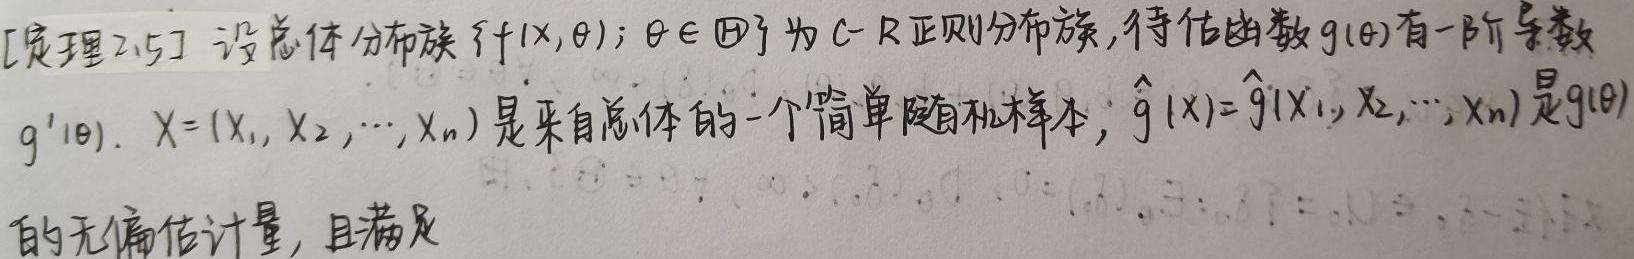
[定理2.5] 设总体分布族$\{f(x,\theta);\theta\in\Theta\}$为C - R正则分布族, 待估函数$g(\theta)$有一阶导数$g'(\theta)$. $X=(X_1,X_2,\cdots,X_n)$是来自总体的一个简单随机样本; $\hat{g}(X)=\hat{g}(X_1,X_2,\cdots,X_n)$是$g(\theta)$的无偏估计量, 且满足